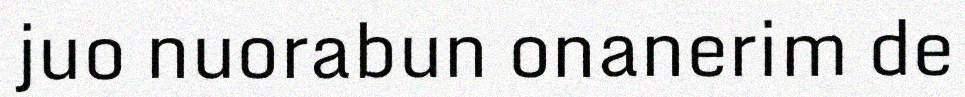
juo nuorabun onanerim de